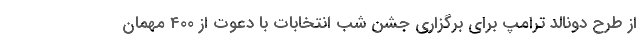
از طرح دونالد ترامپ برای برگزاری جشن شب انتخابات با دعوت از 400 مهمان